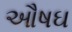
ઔષઘ